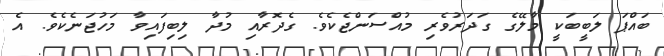
ބައްޕަ ލަބީބަކީ މާލޭގެ ގަދަރުވެރި މުއްސަންޖެކެވެ. ގެދޮރާއި މުދާ ލިބިފައިވާ މަހުޖަނެކެވެ. އެ